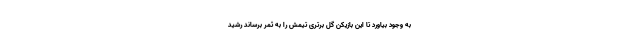
به وجود بیاورد تا این بازیکن گل برتری تیمش را به ثمر برساند رشید